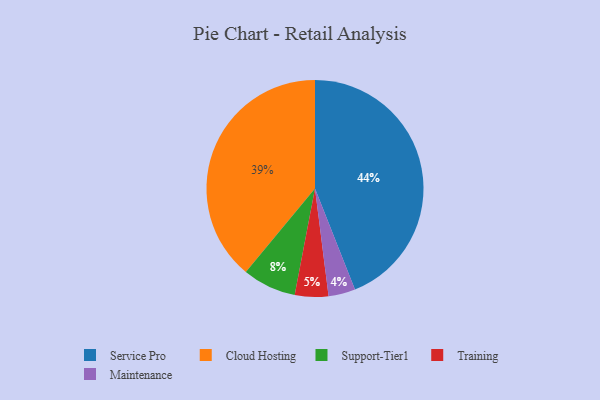
{"axis": {"x": "Category", "y": "Percentage"}, "legend": ["Cloud Hosting", "Maintenance", "Service Pro", "Support-Tier1", "Training"], "data": [{"x": "Training", "y": 5, "type": "Training"}, {"x": "Support-Tier1", "y": 8, "type": "Support-Tier1"}, {"x": "Service Pro", "y": 44, "type": "Service Pro"}, {"x": "Cloud Hosting", "y": 39, "type": "Cloud Hosting"}, {"x": "Maintenance", "y": 4, "type": "Maintenance"}]}